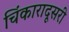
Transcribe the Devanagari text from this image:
चिंकारादूसरी